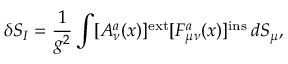
\delta S _ { I } = \frac { 1 } { g ^ { 2 } } \int [ A _ { \nu } ^ { a } ( x ) ] ^ { \mathrm { e x t } } [ F _ { \mu \nu } ^ { a } ( x ) ] ^ { \mathrm { i n s } } \, d S _ { \mu } ,